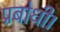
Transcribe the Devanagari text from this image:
प्रबोधी।